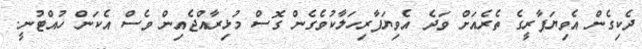
ދެކިގެން އެވިޔަފާރީގެ ތެރެއަށް ވަދެ އެވިޔަފާރިހަލާކުވެގެން ގޮސް މުޅިރާއްޖެއިން ވެސް އެކަން ހުއްޓުނީ.